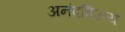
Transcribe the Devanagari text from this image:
अनंदविजय